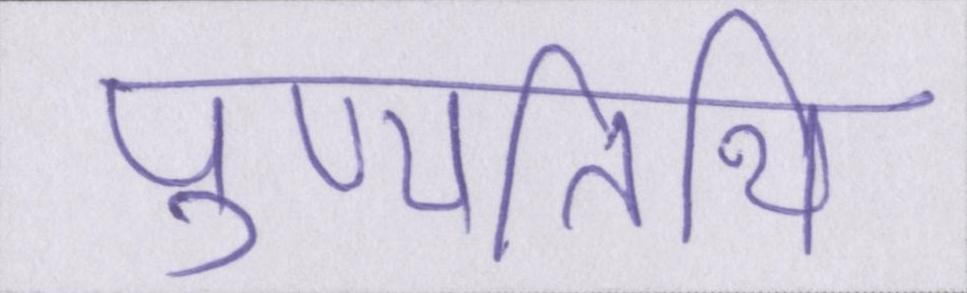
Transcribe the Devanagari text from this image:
पुण्यतिथि